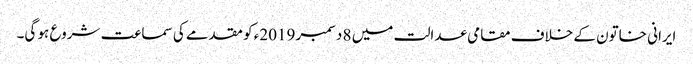
ایرانی خاتون کے خلاف مقامی عدالت میں 8 دسمبر 2019ء کو مقدمے کی سماعت شروع ہو گی۔